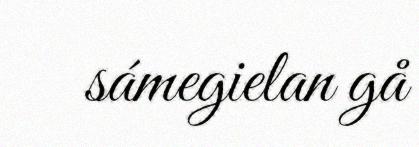
sámegielan gå